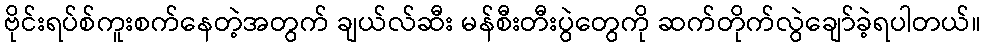
ဗိုင်းရပ်စ်ကူးစက်နေတဲ့အတွက် ချယ်လ်ဆီး မန်စီးတီးပွဲတွေကို ဆက်တိုက်လွဲချော်ခဲ့ရပါတယ်။